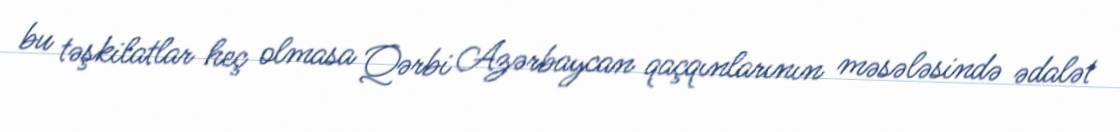
bu təşkilatlar heç olmasa Qərbi Azərbaycan qaçqınlarının məsələsində ədalət